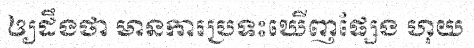
ឲ្យដឹងថា មានការប្រទះឃើញផ្សែង ហុយ